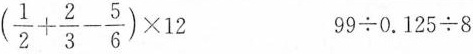
$$(\frac{1}{2}+ \frac{2}{3}- \frac{5}{6})\times 12$$ $$99 \div 0.125 \div 8$$